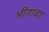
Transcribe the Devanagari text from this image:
भींगांचा